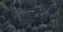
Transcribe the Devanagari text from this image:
लुटते